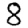
Digit: 8